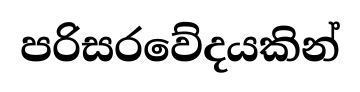
පරිසරවේදයකින්